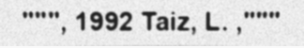
""", 1992 Taiz, L. ,"""